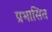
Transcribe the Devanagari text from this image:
प्रभासित